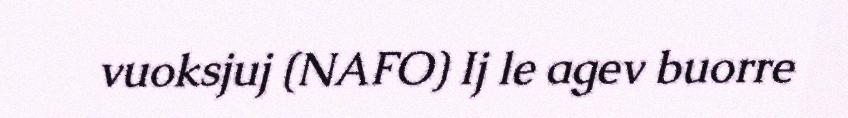
vuoksjuj (NAFO) Ij le agev buorre